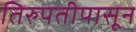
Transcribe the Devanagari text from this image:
तिरुपतीपासून